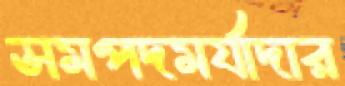
সমপদমর্যাদার